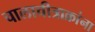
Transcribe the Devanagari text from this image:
चालाचीत्राक्रांना